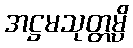
အဋ္ဌမသုတ္တမ္ပိ